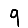
Digit: 9